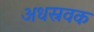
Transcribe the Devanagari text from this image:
अधस्रवक